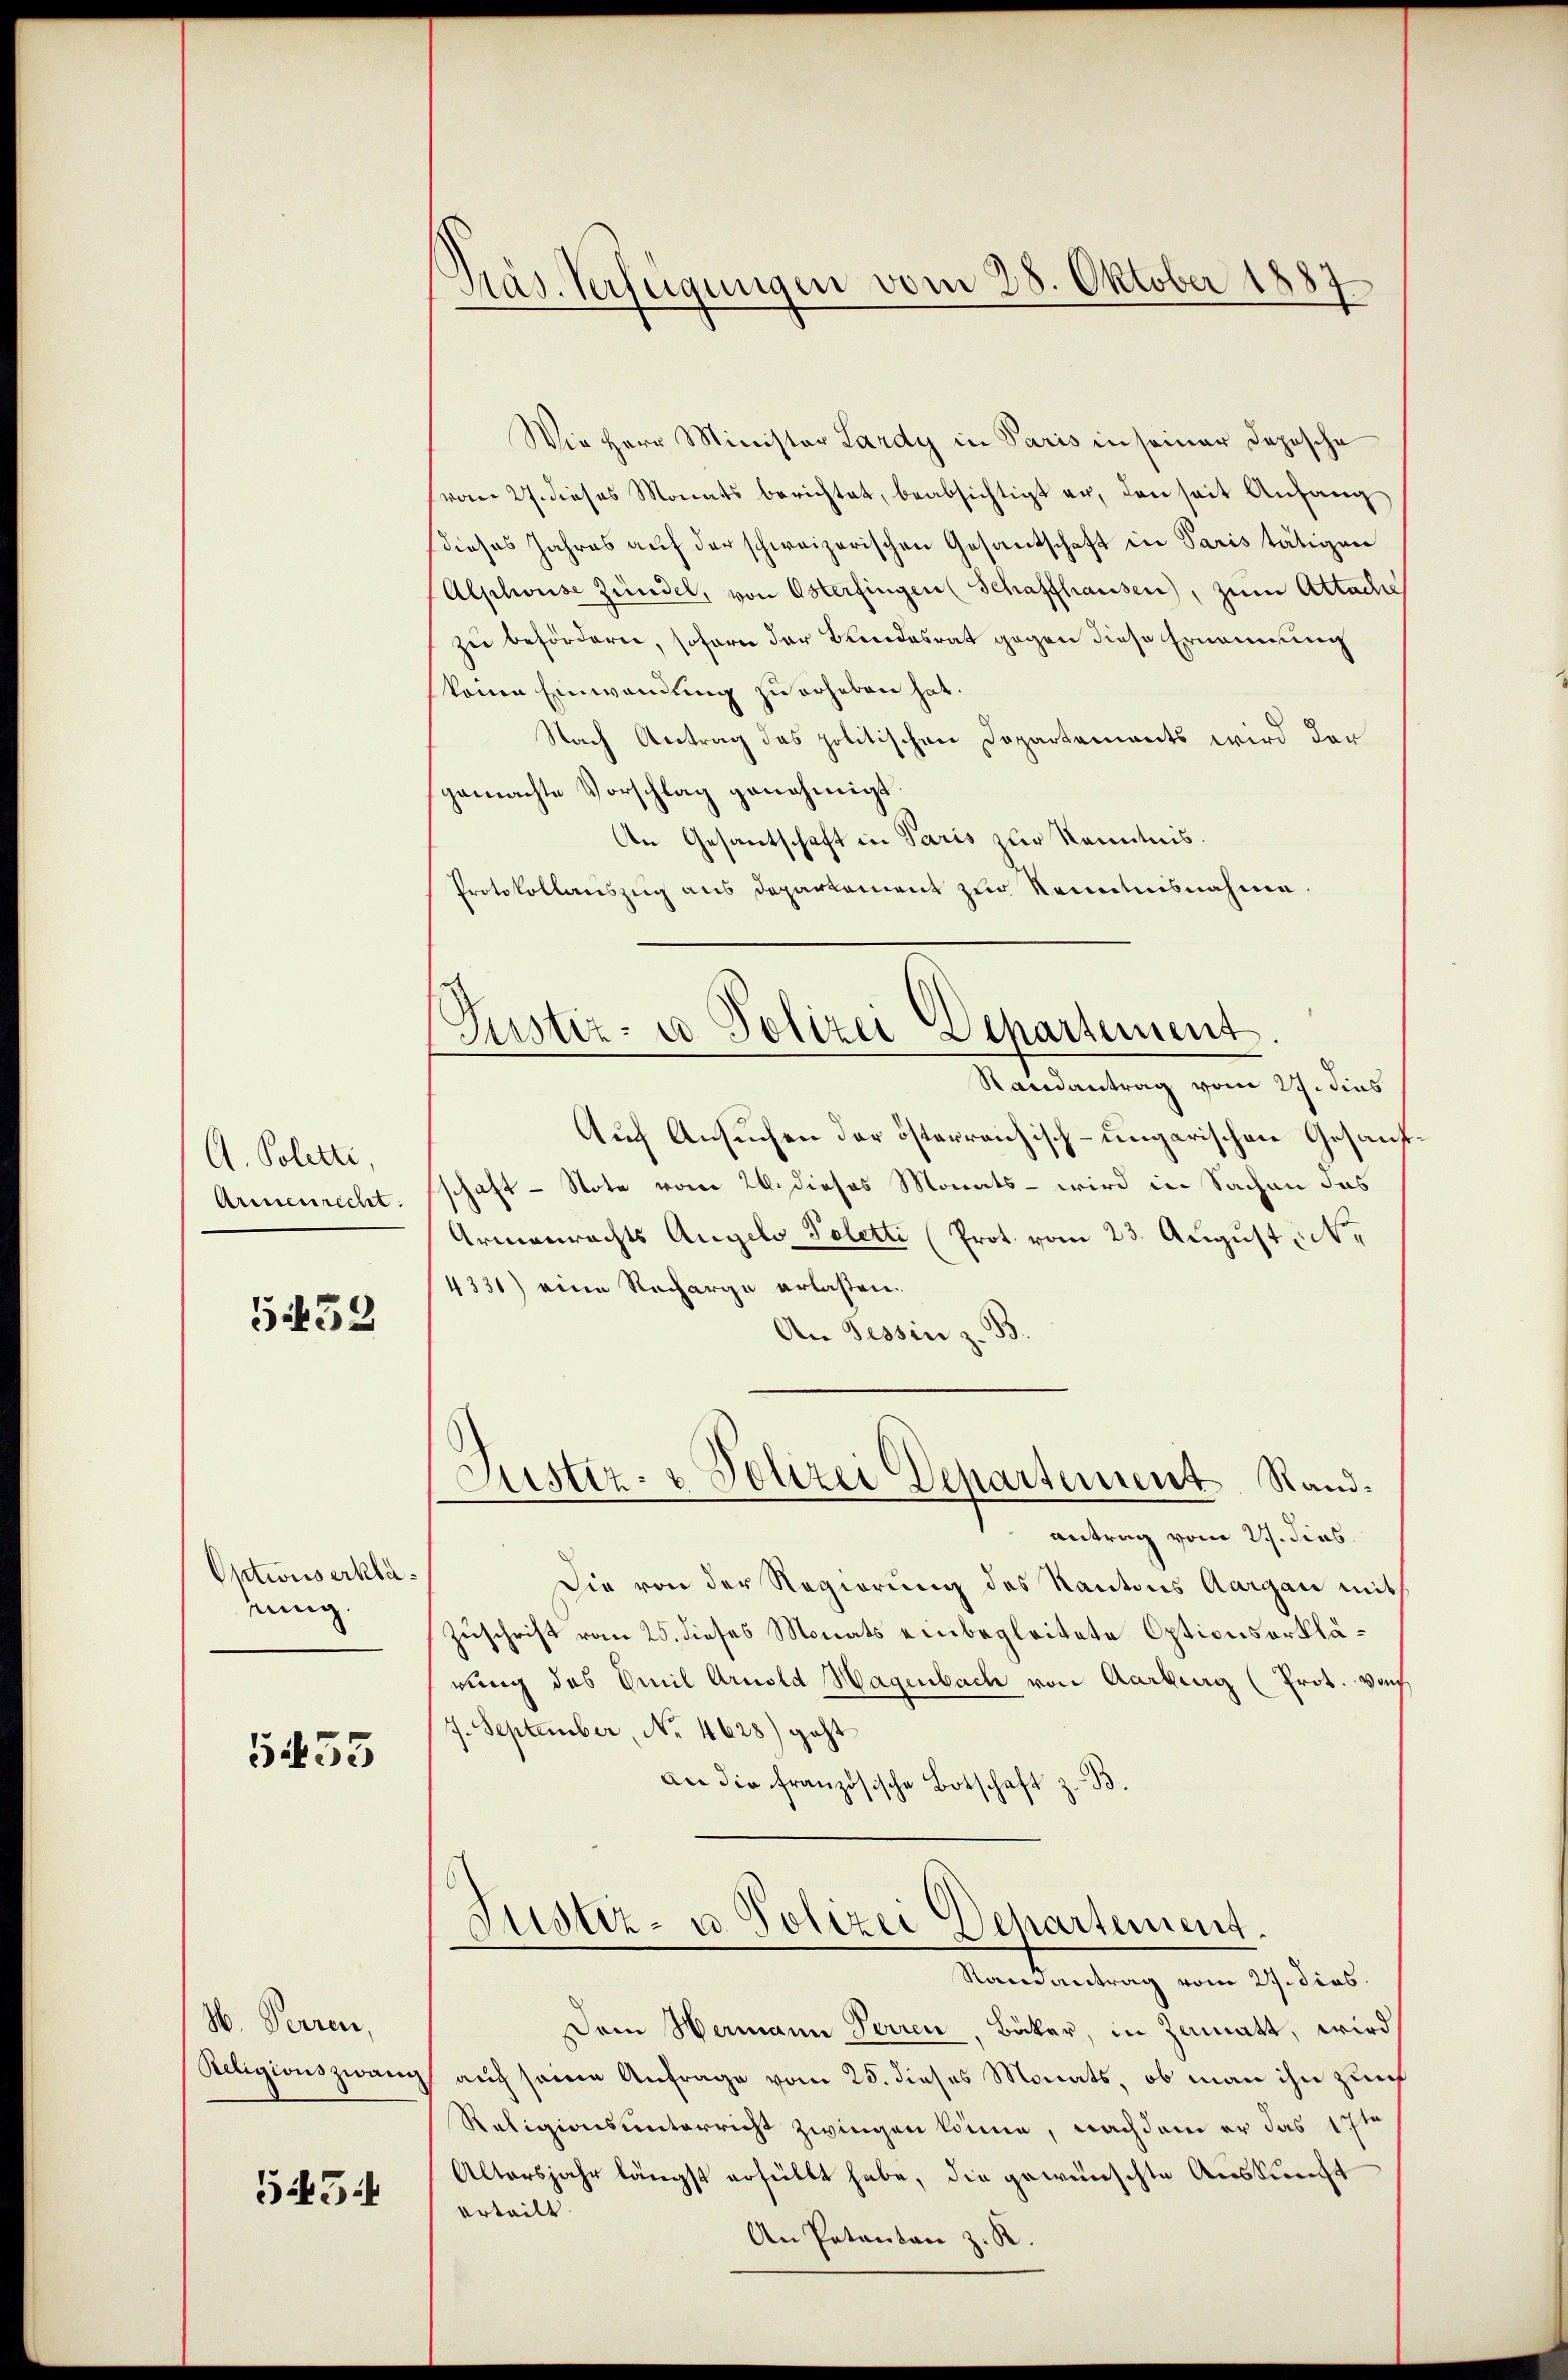
A. Poletti,
Armenrecht.

G39

Optionserkläung.

5433

M. Perren,
Religionszwang,

545

Präs. Verfügungen vom 28. Oktober 1887

Justiz- u Polizei Departement.
Randantrag vom 27. dies

Wie Herr Minister Lardy in Paris in seiner Depesche
(vom 27. dieses Monats berichtet, beabsichtigt er, den seit Anfang
dieses Jahres auf der schweizerischen Gesantschaft in Paris tätigen
Alphouse Zündel, von Osterfingen (Schaffhausen), zum Attache
zu befördern, soforn der Bundesrat gegen diese Ernennung
koine Einwannung zu erheben hat.
Nach Antrag das politischen Dopartements wird der
gemachte Vorschlag genehmigt.
An Gesantschaft in Paris zur Kenntnis.
Protokollauszug aus Departement zur Kenntnisnahme.
Auch Ansuchen der österreichisch-ungarischen Gesandschaft - Note vom 26. dieses Monats - wird in Sachen des
Armenrechts Angelo Peletti (Prot. vom 23. August be
4331) eine Recharge erlassen.
An Tessin z. B.
Justiz- & Polizei Departement Randantrag vom 21. dies
Die von der Regierung des Kantons Aargau mit
Zuschrift vom 25. dieses Monats einbegleitete Optionserklärung des Emil Arnold Hagenbach von Aarburg (Prot. Va
7. September, No. 4628) geht
An die französische Botschaft z. B.

Justiz- u. Polizei Departement.

Raisantrag vom 27. dies
Dem Hermann Perren, Bäcker, in Zumatt, wird
auch seine Anfrage vom 25. dieses Monats, ob man ihn zur
Religionsunterricht zwingen könne, nachdem er das 17te
Altersjahr längst erfüllt habe, die gewünschte Auskunft
erteilt.
An Petentan z. R.